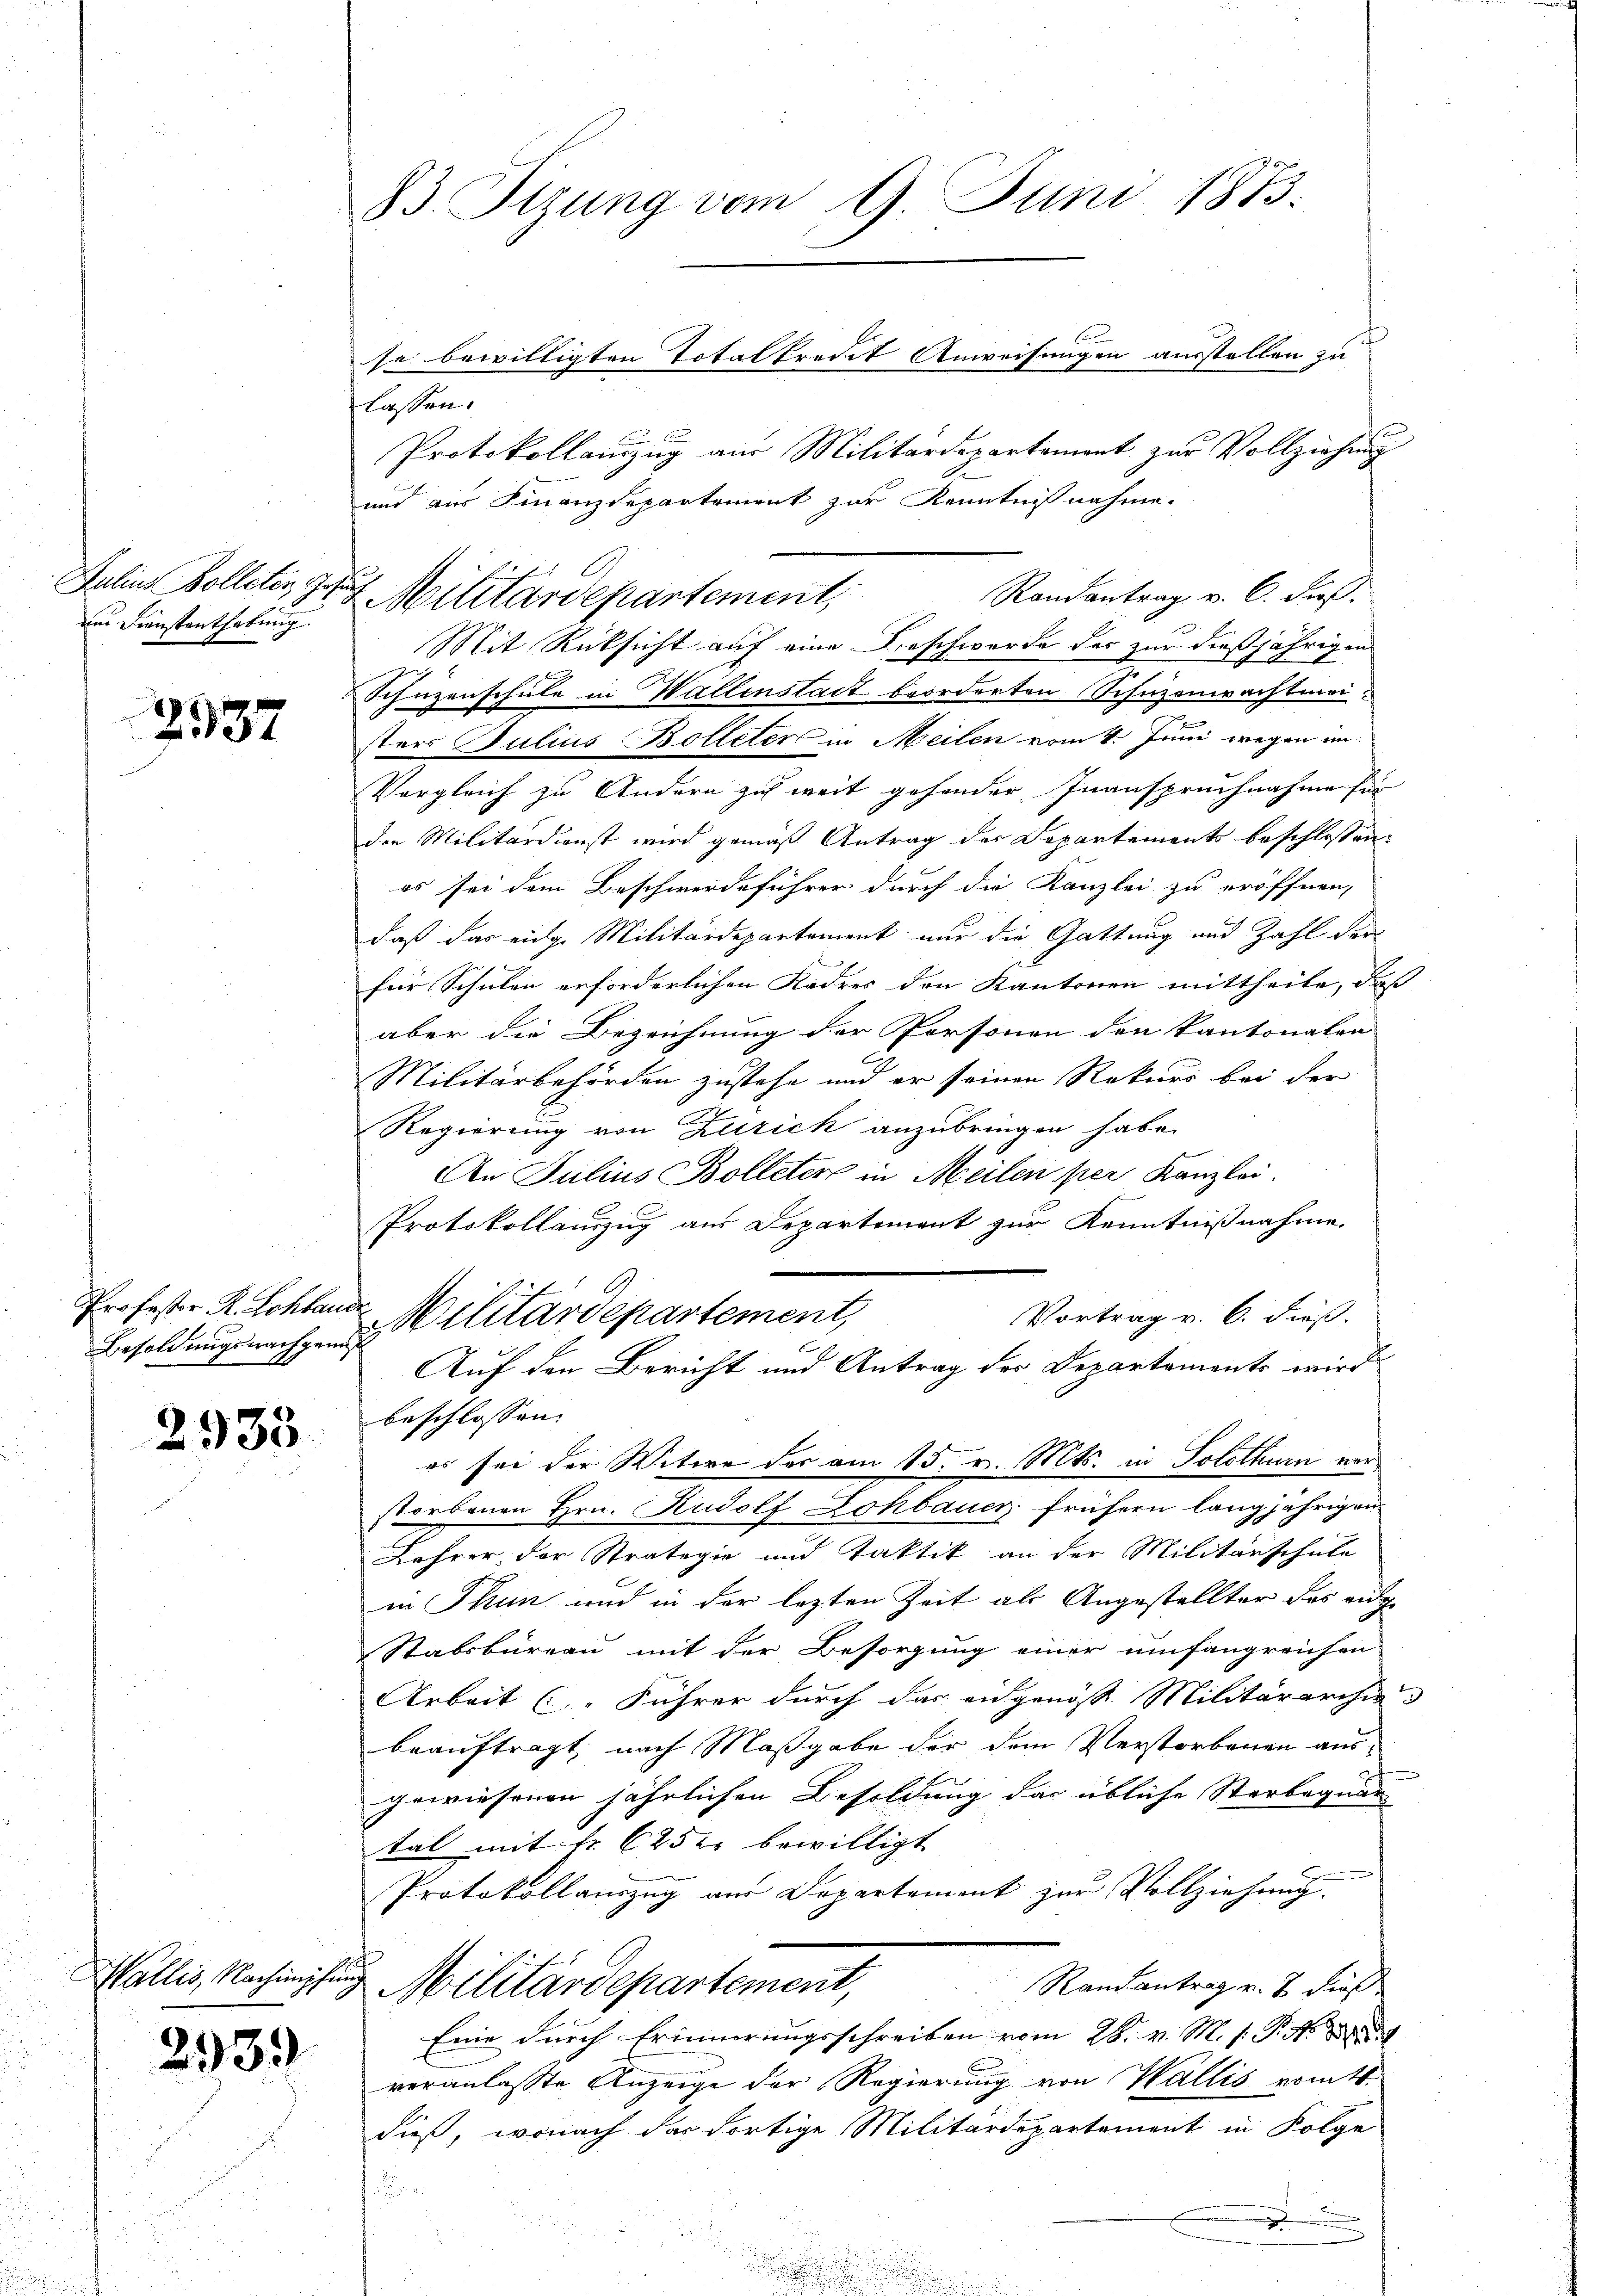
2937

Besoldungsnachgenug

2935

293)

Julius Bolleter, Jos.
und Dienstenthebung

83. Sitzung vom 9. Juni 1873.
se bewilligten Totalkredit Anweisungen ausstellen zu

lassen.
Protokollanzug aus Militärdepartement zur Vollziehung
und aus Finanzdepartement zur Kenntnißnahme.
f
Randantrag v. 6. Fuß.
Mit Rücksicht auf eine Beschwerde des zur dießjährigen
Schüzenschule in Hallenstait beorderten Schuzenwachtmeisters Julius Bolleter in Meilen vom 4. Juni wegen im
Vergleich zu Andern zu weit gehander Inanspruchnahme für
den Militärdienst wird gemäß Antrag der Departements beschlossen:
es sei dem Beschwerdeführer durch die Kanzlei zu eröffnen,
daß das eidge Militärdepartement nur die Gattung und Zahl der
für Schulen erforderlichen Kadres den Kantonen mittheile, daß
aber die Bezeichnung der Personen den kantonalen
Militärbehörden zustehe und er seinen Rekurs bei der
Regierung von Zuzick anzubringen habe.
An Julius Bolleter in Meilen per Kanzlei.
Protokollanzug aus Departement zur Kenntnißnahme.
Professor R. Schlande Militärdepartement,
Vortrag v. 6. Fuß.
Auf den Bericht und Antrag der Departements wird
beschlossen. |
er sei der Witwe der am 15. v. Mts. in Solothurn verstorbenen Hrn. Rudolf Lohbauer frühern langjährigen
Lehrer der Straterie und Taktik an der Militärschule
in Thun und in der lezten Zeit als Angestellter des eidge
Stabsbureau mit der Besorgung einer umfangreichen
Arbeit ( Führer durch das angenosse Militärarchia
beauftragt, nach Maßgabe der dem Verstorbenen ausgewiesenen jährlichen Besoldung das übliche Sterbegnar
tal mit fr. 625 Xr bewilligt
Protokollauszug aus Departement zur Vollziehung.
Wallis, Nachimpfung Militärdepartement,
Randantrag v. 2. dieß
Eine durch Erinnerungsschreiben vom 28. v. M. s. S. Nr. 189
veranlasste Anzeige der Regierung von Wallis nomts.
dieß, wonach das dortige Militärdepartement in Folge
e
d
.

Militärdepartement,